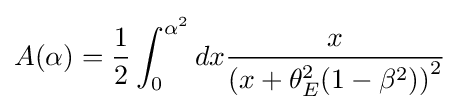
A(\alpha )={\frac {1}{2}}\int _{0}^{\alpha ^{2}}dx{\frac {x}{(x+\theta _{E}^{2}{(1-\beta ^{2}))}^{2}}}